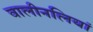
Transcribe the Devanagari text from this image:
वालीनलियां